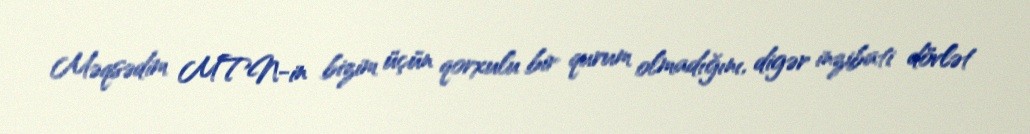
Məqsədim MTN-in bizim üçün qorxulu bir qurum olmadığını, digər inzibati dövlət